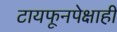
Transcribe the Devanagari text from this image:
टायफूनपेक्षाही